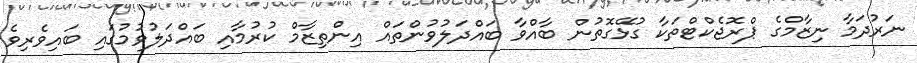
ނަރުދަމާ ނިޒާމްގެ ޕްރޮޖެކްޓްތަކާ ގުޅޭގޮތުން ބާއްވާ ބައްދަލުވުންތައް އިންތިޒާމް ކުރުމާއި ބައްދަލުވުމުގައި ބައިވެރިވެ